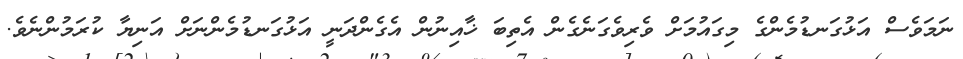
ނަމަވެސް އަޅުގަނޑުމެންގެ މިގައުމަށް ވެރިވެގަނެގެން އެތިބަ ޚާއިނުން އެގެންދަނީ އަޅުގަނޑުމެންނަށް އަނިޔާ ކުރަމުންނެވެ.